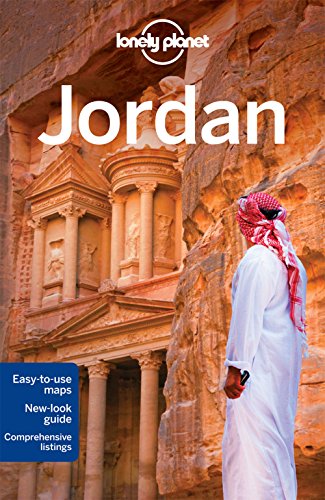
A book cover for Lonely Planet Jordan (Travel Guide); Lonely Planet; Travel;